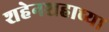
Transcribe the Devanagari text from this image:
शहेनशहाच्या